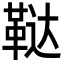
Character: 鞑